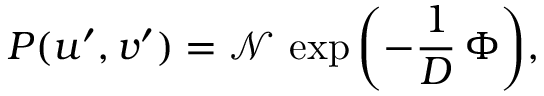
P ( u ^ { \prime } , v ^ { \prime } ) = \mathcal { N } \, \exp { \left( - \frac { 1 } { D } \, \Phi \right) } ,